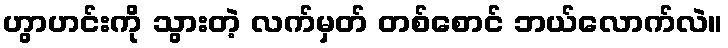
ဟွာဟင်းကို သွားတဲ့ လက်မှတ် တစ်စောင် ဘယ်လောက်လဲ။